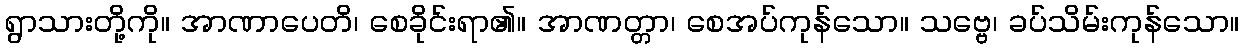
ရွာသားတို့ကို။ အာဏာပေတိ၊ စေခိုင်းရာ၏။ အာဏတ္တာ၊ စေအပ်ကုန်သော။ သဗ္ဗေ၊ ခပ်သိမ်းကုန်သော။